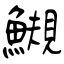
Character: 䲅